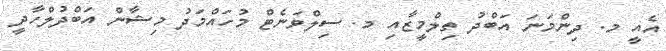
އެއީ މ. ދިންމަނަ އަބްދު ތިލްމީޒާއި މ. ސިލްވަނެޓް މުހައްމަދު މިޝާން އަބްދުލްހާދީ